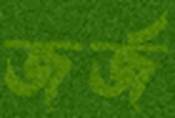
জর্জ